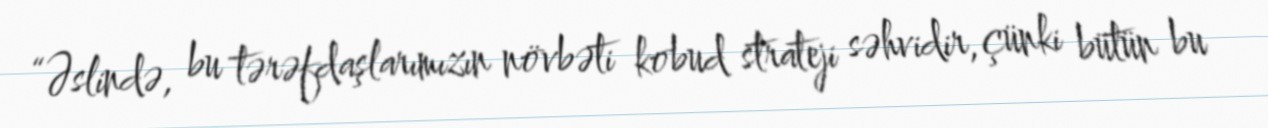
“Əslində, bu tərəfdaşlarımızın növbəti kobud strateji səhvidir, çünki bütün bu